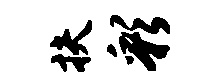
扶彩